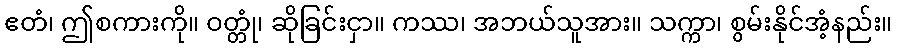
ဧတံ၊ ဤစကားကို။ ဝတ္တုံ၊ ဆိုခြင်းငှာ။ ကဿ၊ အဘယ်သူအား။ သက္ကာ၊ စွမ်းနိုင်အံ့နည်း။